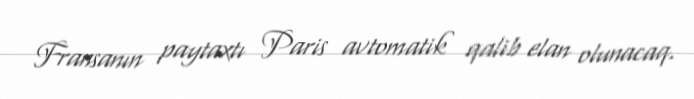
Fransanın paytaxtı Paris avtomatik qalib elan olunacaq.